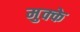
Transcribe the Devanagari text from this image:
मुक्‍के